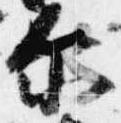
示